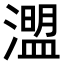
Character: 𤀄